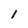
Character: l